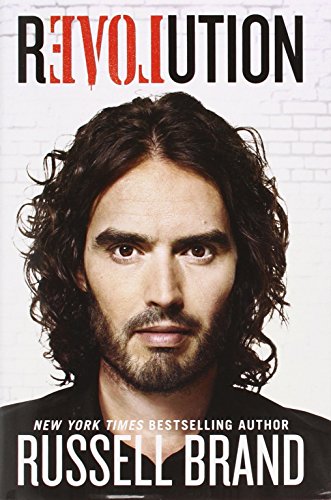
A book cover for Revolution; Russell Brand; Humor & Entertainment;